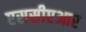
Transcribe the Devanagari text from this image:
एससीएआर